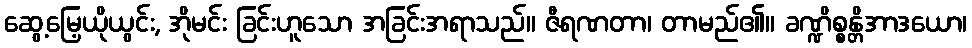
ဆွေ့မြေ့ယိုယွင်း, အိုမင်း ခြင်းဟူသော အခြင်းအရာသည်။ ဇီရဏတာ၊ တာမည်၏။ ခဏ္ဍိစ္စန္တိအာဒယော၊